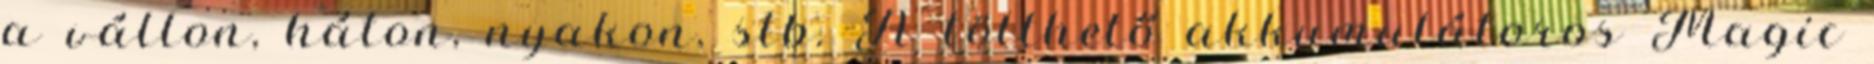
a vállon, háton, nyakon, stb. A tölthető akkumulátoros Magic